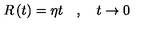
R \left( t \right) = \eta t \quad , \quad t \rightarrow 0